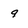
Character: 9